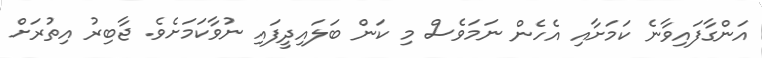
އަންގާފައިވާނެ ކަމަށާއި އެހެން ނަމަވެސް މި ކަން ބަލައިދީފައި ނުވާކަމަށެވެ. ޖާބިރު އިތުރަށް